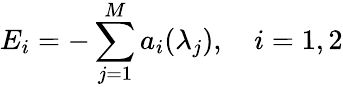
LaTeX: E_{i}=-\sum_{j=1}^{M}a_{i}(\lambda_{j}),\quad i=1,2